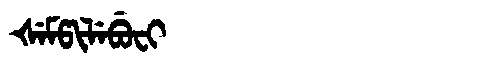
Manchu: ᡧᡝᠮᡦᡳᠯᡝᠪᡠᠸᡳ
Romanization: ŠEMPILEBUFI